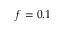
f = 0 . 1